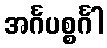
အင်္ဂပစ္စင်္ဂါ